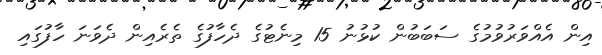
އިން އެއްވަރުވުމުގެ ސަބަބުން ކުޅުނު 15 މިނެޓުގެ ދެހާފުގެ ތެރެއިން ދެވަނަ ހާފުގައި